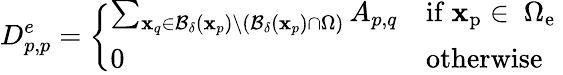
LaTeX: D_{p,p}^{e}=\left\{ \begin{array}{ll}{\sum_{\mathbf{x}_{q}\in\mathcal{B}_{\delta}(\mathbf{x}_{p})\backslash(\mathcal{B}_{\delta}(\mathbf{x}_{p})\cap\Omega)}A_{p,q}}&{\mathrm{if~\mathbf{x}_p\in~\Omega_{e}~}}\\ {0}&{\mathrm{otherwise}}\end{array}\right.